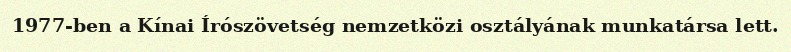
1977-ben a Kínai Írószövetség nemzetközi osztályának munkatársa lett.